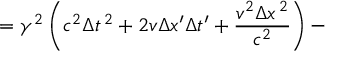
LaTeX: = \gamma ^ { 2 } \left( c ^ { 2 } \Delta t ^ { \, 2 } + 2 v \Delta x ^ { \prime } \Delta t ^ { \prime } + { \frac { v ^ { 2 } \Delta x ^ { \, 2 } } { c ^ { 2 } } } \right) -